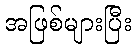
အဖြစ်များပြီး